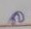
ล